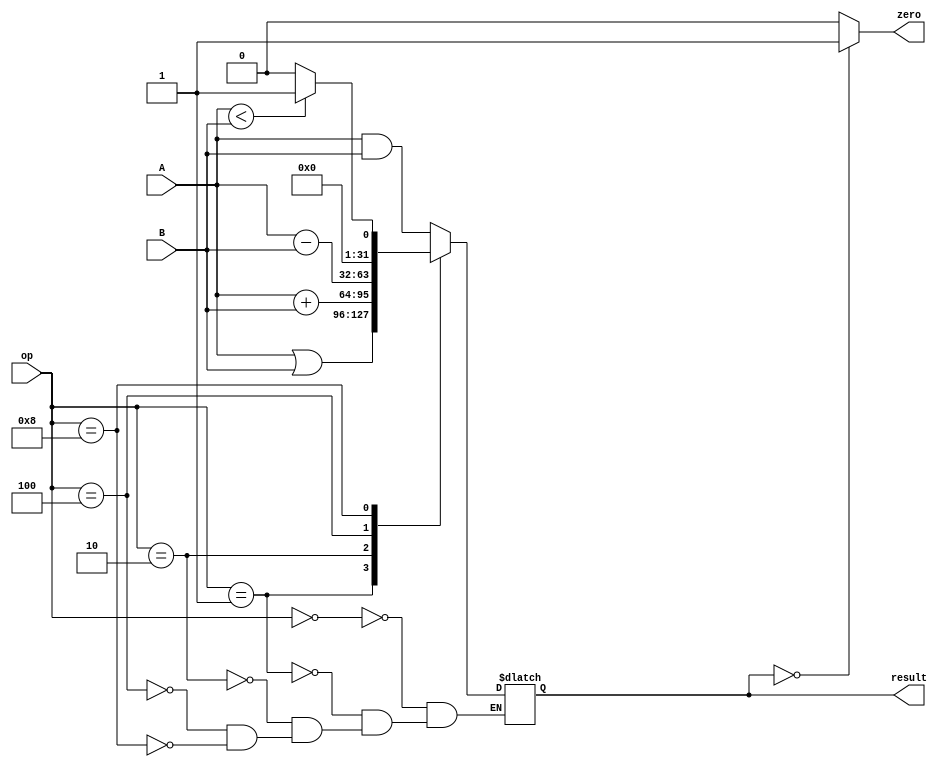
`timescale 1ns / 1ps
//////////////////////////////////////////////////////////////////////////////////
// Company: 
// Engineer: 
// 
// Design Name: 
// Module Name: alu
// Project Name: 
// Target Devices: 
// Tool Versions: 
// Description: 
// 
// Dependencies: 
// 
// Revision:
// Revision 0.01 - File Created
// Additional Comments:
// 
//////////////////////////////////////////////////////////////////////////////////


module alu(
    input [31:0] A,
    input [31:0] B,
    input [3:0] op,
    output reg [31:0] result,
    output zero
    );
 parameter AND = 4'b0000, OR = 4'b0001, ADD = 4'b0010, SUB = 4'b0100, LESS = 4'b1000; 
 always @(*)
    begin 
        case(op)
            AND: 
                result <= A&B;
            OR: 
                result <= A|B;
            ADD: 
                result <= A+B;
            SUB:
                result <= A-B;
            LESS: 
                result <= (A<B)? 1: 0;
        endcase   
end 
assign zero = (result==0)? 1: 0; 
endmodule